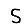
Digit: 5